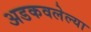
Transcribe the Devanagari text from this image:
अडकवलेल्या